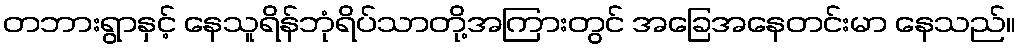
တဘားရွာနှင့် နေသူရိန်ဘုံရိပ်သာတို့အကြားတွင် အခြေအနေတင်းမာ နေသည်။